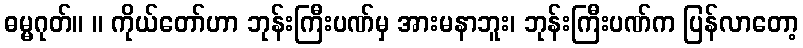
ဓမ္မဂုတ်။ ။ ကိုယ်တော်ဟာ ဘုန်းကြီးပဏ်မှ အားမနာဘူး၊ ဘုန်းကြီးပဏ်က ပြန်လာတော့